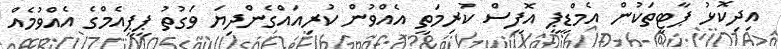
އިދިކޮޅު ޕާޓީތަކުން އެމްޑީޕީ އޮފީސް ކުރިމަތީ އެއްވުން ކުރިއައްގެންދިޔަ ވަގުތު ޕީޕީއެމްގެ އެއްވުމެއް